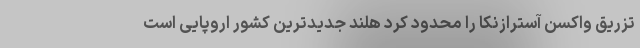
تزریق واکسن آسترازنکا را محدود کرد هلند جدیدترین کشور اروپایی است